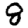
Digit: 8